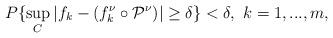
LaTeX: \begin{align*} P\{\sup\limits_{C} \left|f_k-(f_k^\nu\circ \mathcal P^\nu) \right|\ge\delta\}<\delta, \ k=1,...,m, \end{align*}